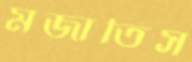
মজাতিস